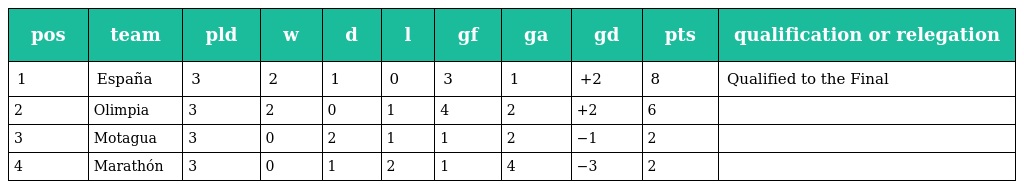
| pos | team | pld | w | d | l | gf | ga | gd | pts | qualification or relegation |
 | --- | --- | --- | --- | --- | --- | --- | --- | --- | --- | --- |
 | 1 | España | 3 | 2 | 1 | 0 | 3 | 1 | +2 | 8 | Qualified to the Final |
 | 2 | Olimpia | 3 | 2 | 0 | 1 | 4 | 2 | +2 | 6 |  |
 | 3 | Motagua | 3 | 0 | 2 | 1 | 1 | 2 | −1 | 2 |  |
 | 4 | Marathón | 3 | 0 | 1 | 2 | 1 | 4 | −3 | 2 |  |